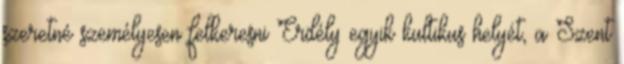
szeretné személyesen felkeresni Erdély egyik kultikus helyét, a Szent